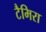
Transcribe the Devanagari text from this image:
टैमिरा